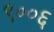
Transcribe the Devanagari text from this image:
९००६